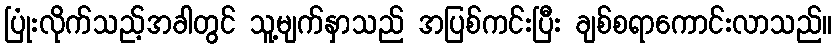
ပြုံးလိုက်သည့်အခါတွင် သူ့မျက်နှာသည် အပြစ်ကင်းပြီး ချစ်စရာကောင်းလာသည်။